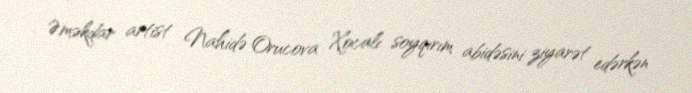
Əməkdar artist Nahidə Orucova Xocalı soyqırım abidəsini ziyarət edərkən